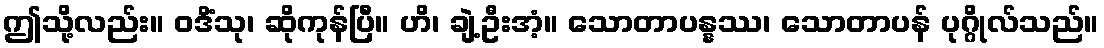
ဤသို့လည်း။ ဝဒိံသု၊ ဆိုကုန်ပြီ။ ဟိ၊ ချဲ့ဦးအံ့။ သောတာပန္နဿ၊ သောတာပန် ပုဂ္ဂိုလ်သည်။